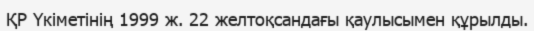
ҚР Үкіметінің 1999 ж. 22 желтоқсандағы қаулысымен құрылды.